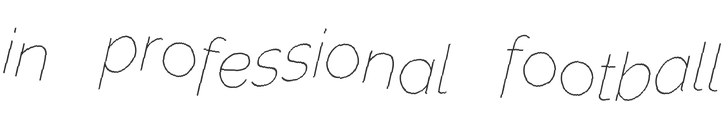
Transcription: in professional football